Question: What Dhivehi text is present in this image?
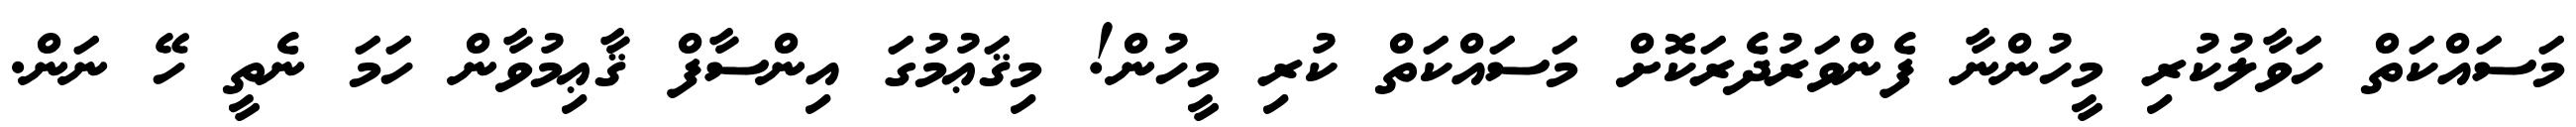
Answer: މަސައްކަތް ހަވާލުކުރި މީހުންނާ ފެންވަރުދެރަކޮށް މަސައްކަތް ކުރި މީހުން! މިޤަޢުމުގަ އިންސާފް ޤާޢިމުވާން ހަމަ ނެތީ ހޭ ނަން.